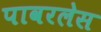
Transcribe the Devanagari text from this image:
पावरलेस